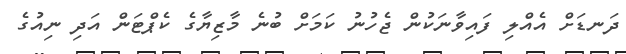
ދަނޑަށް އެއްލި ފައިވާނަކުން ޖެހުނު ކަމަށް ބުނެ މާޒިޔާގެ ކެޕްޓަން އަދި ނިއުގެ